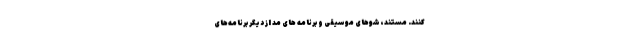
­کنند. مستند، شوهای موسیقی و برنامه ­های مُد از دیگر برنامه‌­های